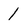
Character: 1